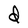
Character: d